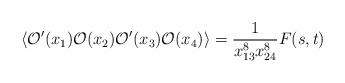
LaTeX: \begin{align*}\langle {\mathcal O}'(x_1) {\mathcal O}(x_2) {\mathcal O}'(x_3) {\mathcal O}(x_4)\rangle =\frac{1}{x_{13}^8 x_{24}^8} F(s, t)\end{align*}